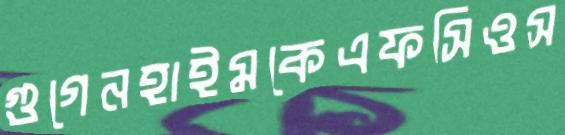
গুগেনহাইমকেএফসিওস